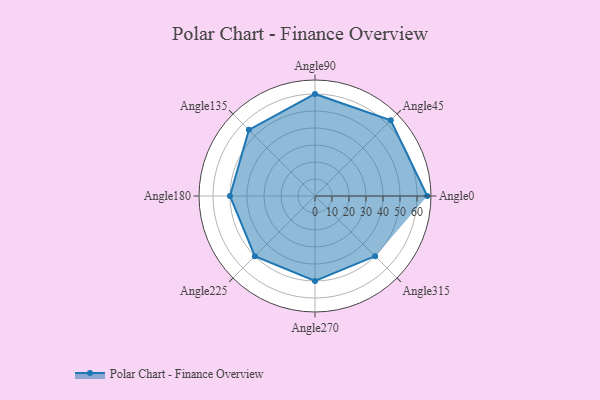
{"axis": {"x": "Angle", "y": "Radius"}, "legend": [""], "data": [{"x": "Angle0", "y": 66.0, "type": ""}, {"x": "Angle45", "y": 63.0, "type": ""}, {"x": "Angle90", "y": 60.0, "type": ""}, {"x": "Angle135", "y": 55.0, "type": ""}, {"x": "Angle180", "y": 50, "type": ""}, {"x": "Angle225", "y": 50, "type": ""}, {"x": "Angle270", "y": 50, "type": ""}, {"x": "Angle315", "y": 50, "type": ""}]}